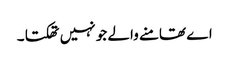
اے تھامنے والے جو نہیں تھکتا ۔